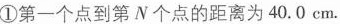
①第一个点到第N个点的距离为40.0cm.